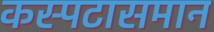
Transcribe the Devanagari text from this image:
कस्पटासमान